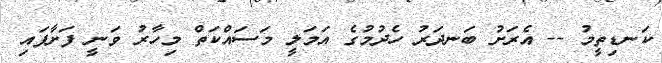
ކަނޑިތީމު -- އެރަށު ބަނދަރު ހެދުމުގެ އަމަލީ މަސައްކަތް މިހާރު ވަނީ ފަށާފައި